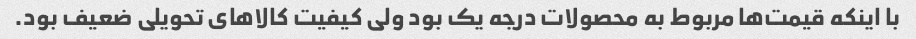
با اینکه قیمت‌ها مربوط به محصولات درجه یک بود ولی کیفیت کالاهای تحویلی ضعیف بود.